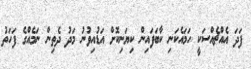
ފަދަ އެއްޗެއްސަކީ ހަމައެކަނި ކާބަފައިން ކިޔަނިކޮށް އަޑުއިވުނު މަދު ދެތިން ނަމެއްގެ ފަހަތު